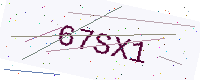
Text: 67SX1